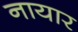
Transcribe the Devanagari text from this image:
नायार